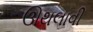
ઊથલાવી